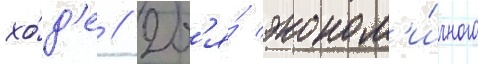
хо́д'е // Дл'я́ эконом'и́чного